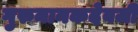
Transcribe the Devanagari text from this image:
गुरुनानकदेवजी